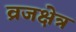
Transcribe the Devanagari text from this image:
व्रजक्षेत्र